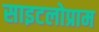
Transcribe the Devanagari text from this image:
साइटलोप्राम